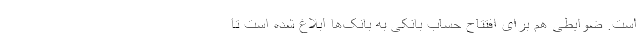
است. ضوابطی هم برای افتتاح حساب بانکی به بانک‌ها ابلاغ شده است تا